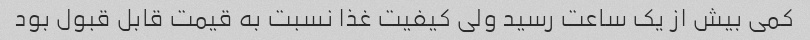
کمی بیش از یک ساعت رسید ولی کیفیت غذا نسبت به قیمت قابل قبول بود